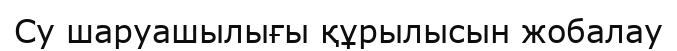
Су шаруашылығы құрылысын жобалау